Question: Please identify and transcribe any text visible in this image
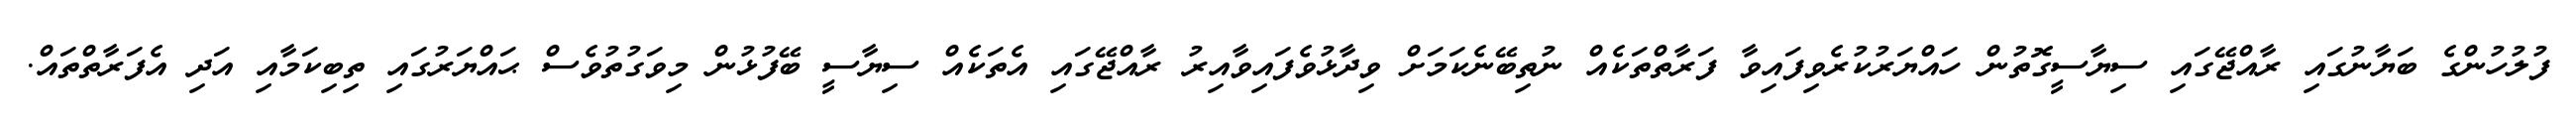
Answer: ފުލުހުންގެ ބަޔާނުގައި ރާއްޖޭގައި ސިޔާސީގޮތުން ހައްޔަރުކުރެވިފައިވާ ފަރާތްތަކެއް ނުތިބޭނެކަމަށް ވިދާޅުވެފައިވާއިރު ރާއްޖޭގައި އެތަކެއް ސިޔާސީ ބޭފުޅުން މިވަގުތުވެސް ޙައްޔަރުގައި ތިބިކަމާއި އަދި އެފަރާތްތައް.